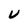
Character: U